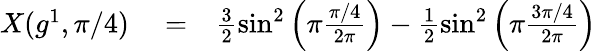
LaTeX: \begin{array}{rlr}{X(g^{1},\pi/4)}&{{}=}&{\frac{3}{2}\sin^{2}\left(\pi\frac{\pi/4}{2\pi}\right)-\frac{1}{2}\sin^{2}\left(\pi\frac{3\pi/4}{2\pi}\right)}\end{array}